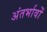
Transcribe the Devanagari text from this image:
अंतर्भावों